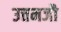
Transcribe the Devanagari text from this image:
उत्तमजौ